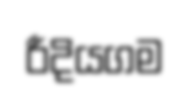
රීදියගම